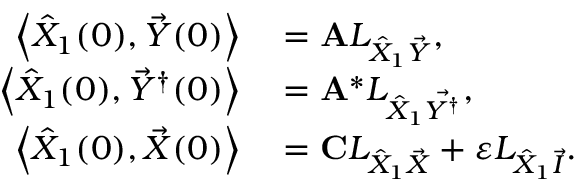
\begin{array} { r l } { \left\langle \hat { X } _ { 1 } ( 0 ) , \vec { Y } ( 0 ) \right\rangle } & { { } = \mathbf { A } L _ { \hat { X } _ { 1 } \vec { Y } } , } \\ { \left\langle \hat { X } _ { 1 } ( 0 ) , \vec { Y } ^ { \dagger } ( 0 ) \right\rangle } & { { } = \mathbf { A } ^ { * } L _ { \hat { X } _ { 1 } \vec { Y ^ { \dagger } } } , } \\ { \left\langle \hat { X } _ { 1 } ( 0 ) , \vec { X } ( 0 ) \right\rangle } & { { } = \mathbf { C } L _ { \hat { X } _ { 1 } \vec { X } } + \varepsilon L _ { \hat { X } _ { 1 } \vec { I } } . } \end{array}